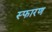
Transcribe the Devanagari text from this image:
स्फारण